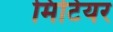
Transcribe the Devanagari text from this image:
मिटियर